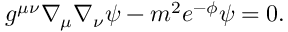
g ^ { \mu \nu } \nabla _ { \mu } \nabla _ { \nu } \psi - m ^ { 2 } e ^ { - \phi } \psi = 0 .